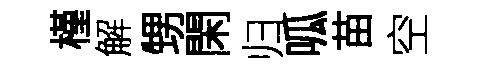
槿解甥閑归呱苗空